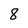
Character: 8